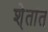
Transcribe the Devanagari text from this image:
शे्तांत